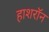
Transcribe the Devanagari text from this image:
हाशरॉन